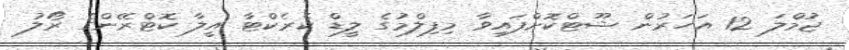
ޖުމްލަ 12 އަހަރުން ޝޫޓްކޮށްފައިވާ މިފިލްމުގެ ލީޑް ކެރެކްޓާ އީލާ ކޮޓްރޭންގެ ރޯލުު